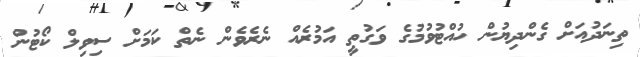
ތިނަދުއަށް ގެންދިޔުން ހުއްޓުވުމުގެ ވަގުތީ އަމުރެއް ނެރެވެން ނެތް ކަމަށް ސިވިލް ކޯޓުން